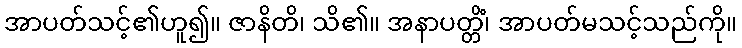
အာပတ်သင့်၏ဟူ၍။ ဇာနိတိ၊ သိ၏။ အနာပတ္တိံ၊ အာပတ်မသင့်သည်ကို။